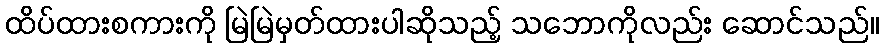
ထိပ်ထားစကားကို မြဲမြဲမှတ်ထားပါဆိုသည့် သဘောကိုလည်း ဆောင်သည်။